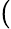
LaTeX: (